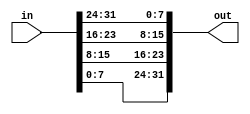
module top_module( 
    input [31:0] in,
    output [31:0] out );

    // Reverse byte ordering: out[31:24] gets in[7:0], out[23:16] gets in[15:8], etc.
    assign out[31:24] = in[7:0];   // D
    assign out[23:16] = in[15:8];  // C
    assign out[15:8]  = in[23:16]; // B
    assign out[7:0]   = in[31:24]; // A

endmodule